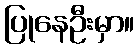
ပြုနေဦးမှာ။